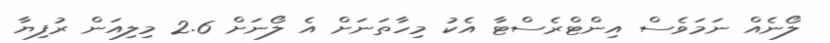
ލޯނެއް ނަމަވެސް އިންޓްރެސްޓާ އެކު މިހާތަނަށް އެ ލޯނަށް 2.6 މިލިއަން ރުފިޔާ